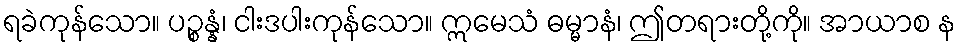
ရခဲကုန်သော။ ပဉ္စန္နံ၊ ငါးဒပါးကုန်သော။ ဣမေသံ ဓမ္မာနံ၊ ဤတရားတို့ကို။ အာယာစ န